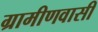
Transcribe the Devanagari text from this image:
ग्रामीणवासी